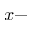
x -